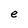
Character: e